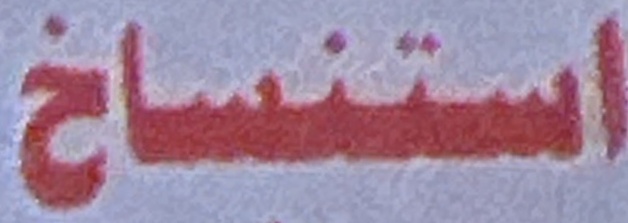
استنساخ